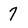
Character: 7